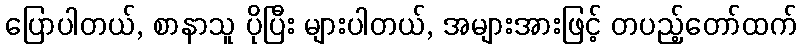
ပြောပါတယ်, စာနာသူ ပိုပြီး များပါတယ်, အများအားဖြင့် တပည့်တော်ထက်